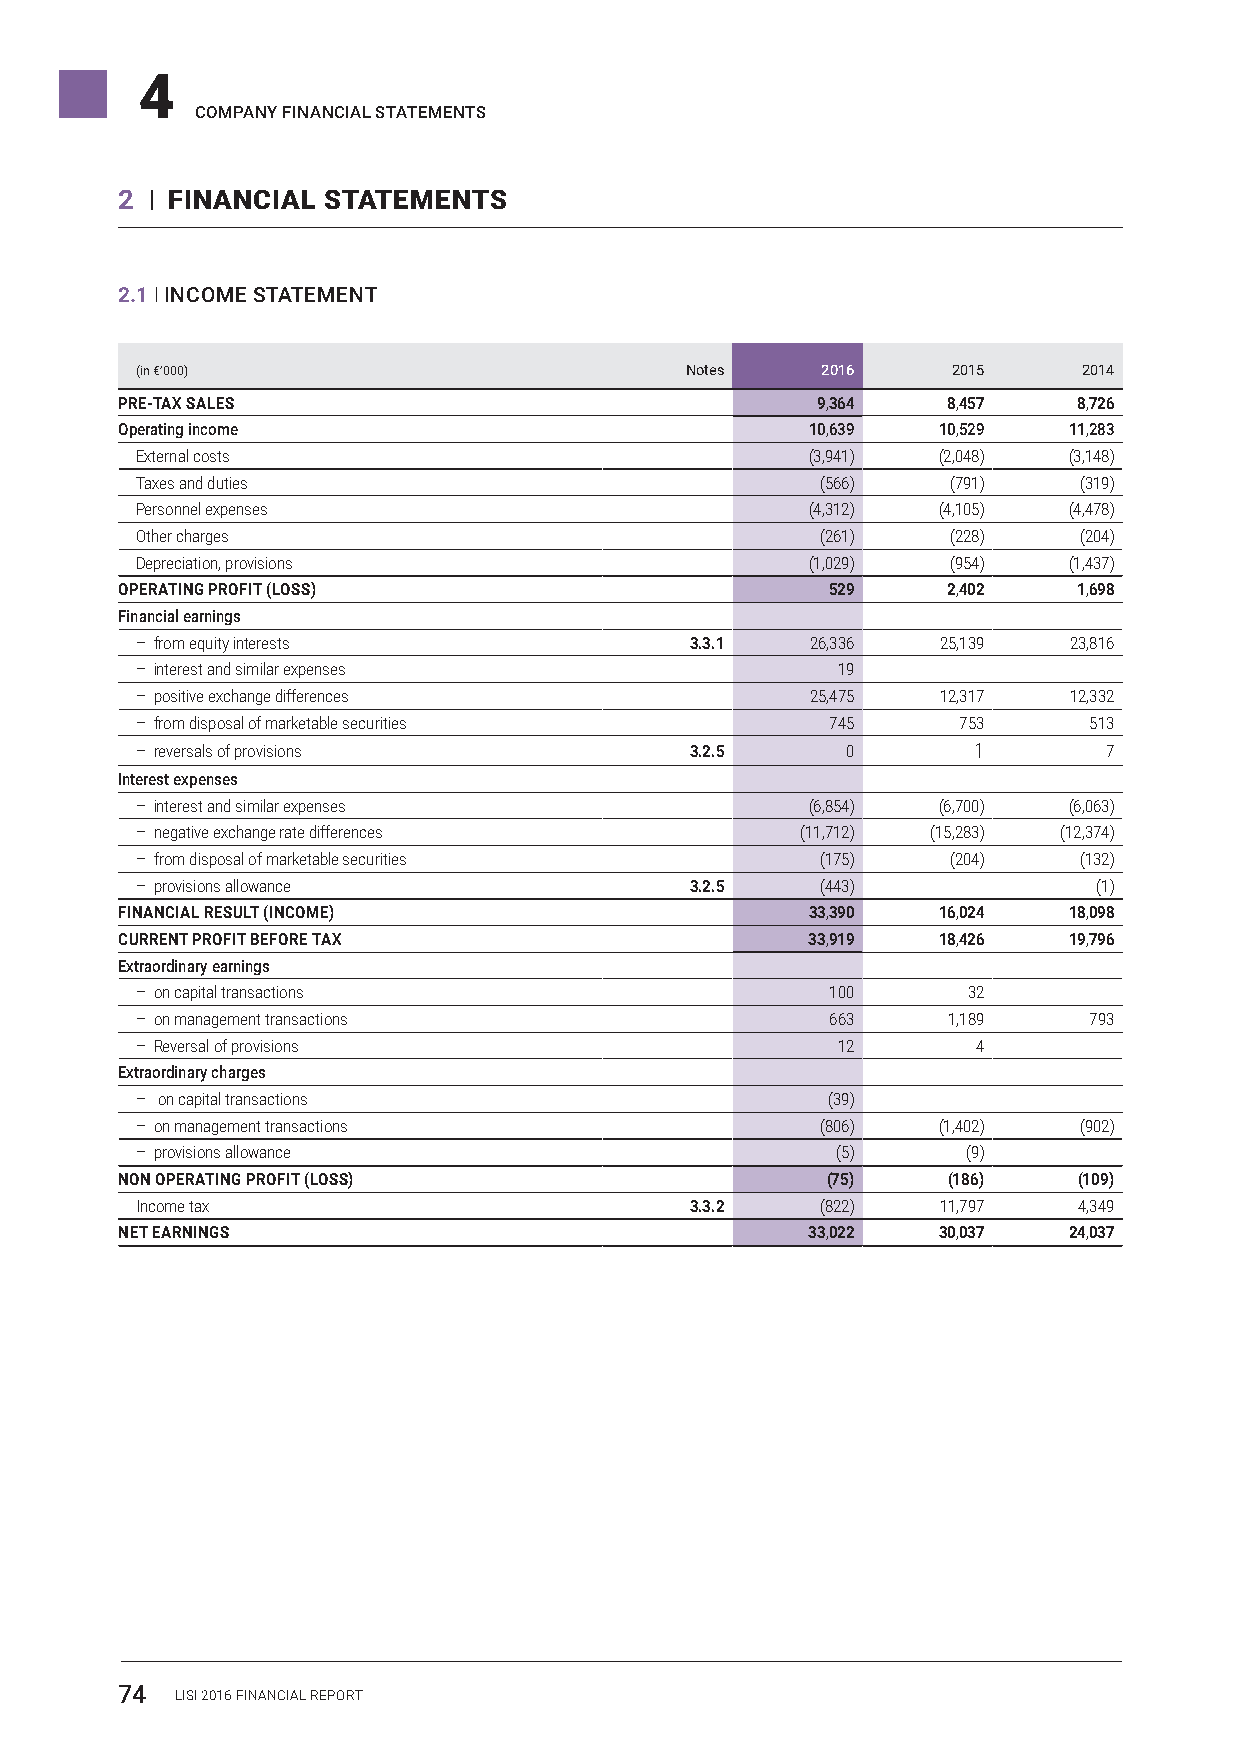
4
 COMPANY FINANCIAL STATEMENTS
 2 I FINANCIAL STATEMENTS
 2.1 I INCOME STATEMENT
 (in €’000)                          Notes    2016     2015     2014
 PRE-TAX SALES                                 9,364    8,457   8,726
 Operating income                              10,639  10,529   11,283
 External costs                               (3,941) (2,048)  (3,148)
 Taxes and duties                             (566)    (791)   (319)
 Personnel expenses                          (4,312)  (4,105)  (4,478)
 Other charges                                (261)    (228)   (204)
 Depreciation, provisions                    (1,029)   (954)   (1,437)
 OPERATING PROFIT (LOSS)                        529     2,402   1,698
 Financial earnings
 – from equity interests              3.3.1   26,336  25,139   23,816
 – interest and similar expenses               19
 – positive exchange differences              25,475  12,317   12,332
 – from disposal of marketable securities      745     753      513
 – reversals of provisions            3.2.5     0       1        7
 Interest expenses
 – interest and similar expenses              (6,854) (6,700)  (6,063)
 – negative exchange rate differences        (11,712) (15,283) (12,374)
 – from disposal of marketable securities     (175)    (204)   (132)
 – provisions allowance               3.2.5   (443)              (1)
 FINANCIAL RESULT (INCOME)                    33,390   16,024   18,098
 CURRENT PROFIT BEFORE TAX                    33,919   18,426   19,796
 Extraordinary earnings
 – on capital transactions                     100      32
 – on management transactions                  663     1,189    793
 – Reversal of provisions                      12        4
 Extraordinary charges
 – on capital transactions                     (39)
 – on management transactions                 (806)   (1,402)  (902)
 – provisions allowance                        (5)      (9)
 NON OPERATING PROFIT (LOSS)                    (75)    (186)   (109)
 Income tax                           3.3.2   (822)   11,797   4,349
 NET EARNINGS                                 33,022   30,037   24,037
 74  LISI 2016 FINANCIAL REPORT